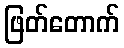
ဖြတ်တောက်